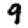
Digit: 9